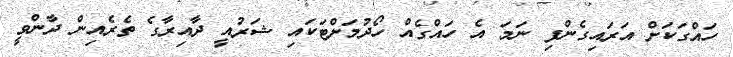
ހައްގަކަށް އަރައިގެންފި ނަމަ އެ ހައްގެއް ހޯދުމަށްޓަކައި ޝަރުއީ ދާއިރާގެ ތެރެއިން ދާންވީ